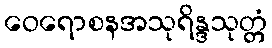
ဝေရောစနအသုရိန္ဒသုတ္တံ